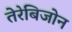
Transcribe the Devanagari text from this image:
तेरेबिजोन